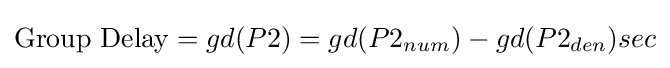
{\text{Group Delay}}=gd(P2)=gd(P2_{num})-gd(P2_{den})sec